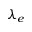
\lambda _ { e }